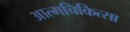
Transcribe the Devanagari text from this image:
आत्मचिकित्सा